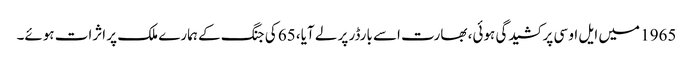
1965 میں ایل او سی پر کشیدگی ہوئی، بھارت اسے بارڈر پر لے آیا، 65 کی جنگ کے ہمارے ملک پر اثرات ہوئے۔